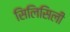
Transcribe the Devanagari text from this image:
सिलिसिली